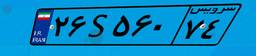
۲۶S۵۶۰۷۴